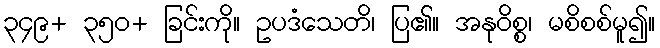
၃၄၉+ ၃၅၀+ ခြင်းကို။ ဥပဒံသေတိ၊ ပြ၏။ အနုဝိစ္စ၊ မစိစစ်မူ၍။